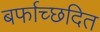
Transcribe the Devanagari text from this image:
बर्फाच्छदित